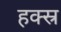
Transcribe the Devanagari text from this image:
हक्स्र